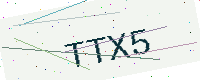
Text: TTX5